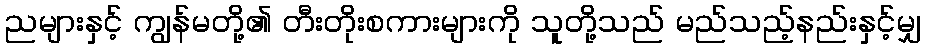
ညများနှင့် ကျွန်မတို့၏ တီးတိုးစကားများကို သူတို့သည် မည်သည့်နည်းနှင့်မျှ